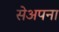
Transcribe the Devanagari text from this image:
सेअपना